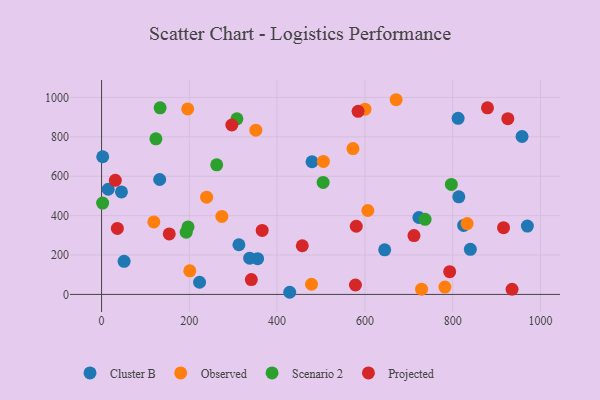
{"axis": {"x": "Ad Spend", "y": "Salary"}, "legend": ["Cluster B", "Observed", "Projected", "Scenario 2"], "data": [{"x": "479.5", "y": 673.7, "type": "Cluster B"}, {"x": "812.4", "y": 894.0, "type": "Cluster B"}, {"x": "723.0", "y": 390.6, "type": "Cluster B"}, {"x": "45.3", "y": 520.4, "type": "Cluster B"}, {"x": "970.2", "y": 347.2, "type": "Cluster B"}, {"x": "355.5", "y": 181.4, "type": "Cluster B"}, {"x": "132.4", "y": 583.5, "type": "Cluster B"}, {"x": "840.3", "y": 228.9, "type": "Cluster B"}, {"x": "2.6", "y": 699.1, "type": "Cluster B"}, {"x": "15.1", "y": 533.9, "type": "Cluster B"}, {"x": "958.1", "y": 801.7, "type": "Cluster B"}, {"x": "51.3", "y": 168.0, "type": "Cluster B"}, {"x": "814.0", "y": 495.6, "type": "Cluster B"}, {"x": "337.5", "y": 183.8, "type": "Cluster B"}, {"x": "312.9", "y": 252.3, "type": "Cluster B"}, {"x": "825.0", "y": 350.3, "type": "Cluster B"}, {"x": "428.7", "y": 10.9, "type": "Cluster B"}, {"x": "223.3", "y": 61.7, "type": "Cluster B"}, {"x": "645.1", "y": 226.3, "type": "Cluster B"}, {"x": "239.4", "y": 493.5, "type": "Observed"}, {"x": "478.3", "y": 51.7, "type": "Observed"}, {"x": "782.3", "y": 37.4, "type": "Observed"}, {"x": "351.5", "y": 833.7, "type": "Observed"}, {"x": "729.1", "y": 26.5, "type": "Observed"}, {"x": "505.4", "y": 675.4, "type": "Observed"}, {"x": "196.2", "y": 942.0, "type": "Observed"}, {"x": "201.0", "y": 120.0, "type": "Observed"}, {"x": "572.8", "y": 740.4, "type": "Observed"}, {"x": "606.7", "y": 426.0, "type": "Observed"}, {"x": "274.1", "y": 395.8, "type": "Observed"}, {"x": "832.9", "y": 359.8, "type": "Observed"}, {"x": "119.1", "y": 367.9, "type": "Observed"}, {"x": "671.1", "y": 988.5, "type": "Observed"}, {"x": "600.2", "y": 940.3, "type": "Observed"}, {"x": "197.0", "y": 342.5, "type": "Scenario 2"}, {"x": "123.8", "y": 790.2, "type": "Scenario 2"}, {"x": "2.4", "y": 463.8, "type": "Scenario 2"}, {"x": "797.0", "y": 558.4, "type": "Scenario 2"}, {"x": "737.1", "y": 381.3, "type": "Scenario 2"}, {"x": "133.4", "y": 947.2, "type": "Scenario 2"}, {"x": "262.3", "y": 658.0, "type": "Scenario 2"}, {"x": "504.8", "y": 568.5, "type": "Scenario 2"}, {"x": "308.4", "y": 891.5, "type": "Scenario 2"}, {"x": "192.8", "y": 316.2, "type": "Scenario 2"}, {"x": "341.2", "y": 75.5, "type": "Projected"}, {"x": "578.4", "y": 47.9, "type": "Projected"}, {"x": "584.5", "y": 929.5, "type": "Projected"}, {"x": "580.3", "y": 346.2, "type": "Projected"}, {"x": "879.3", "y": 947.2, "type": "Projected"}, {"x": "793.2", "y": 115.6, "type": "Projected"}, {"x": "925.7", "y": 892.5, "type": "Projected"}, {"x": "36.0", "y": 335.1, "type": "Projected"}, {"x": "457.3", "y": 247.2, "type": "Projected"}, {"x": "31.3", "y": 579.1, "type": "Projected"}, {"x": "711.8", "y": 298.6, "type": "Projected"}, {"x": "154.2", "y": 307.0, "type": "Projected"}, {"x": "915.9", "y": 338.9, "type": "Projected"}, {"x": "935.3", "y": 26.2, "type": "Projected"}, {"x": "365.9", "y": 324.7, "type": "Projected"}, {"x": "296.8", "y": 860.1, "type": "Projected"}]}